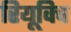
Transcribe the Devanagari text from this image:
रियूविच